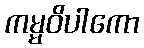
ကမ္မဝိပါကော